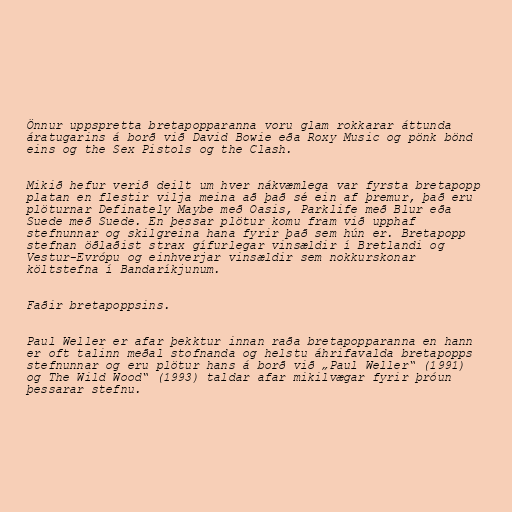
Önnur uppspretta bretapopparanna voru glam rokkarar áttunda
áratugarins á borð við David Bowie eða Roxy Music og pönk bönd
eins og the Sex Pistols og the Clash.

Mikið hefur verið deilt um hver nákvæmlega var fyrsta bretapopp
platan en flestir vilja meina að það sé ein af þremur, það eru
plöturnar Definately Maybe með Oasis, Parklife með Blur eða
Suede með Suede. En þessar plötur komu fram við upphaf
stefnunnar og skilgreina hana fyrir það sem hún er. Bretapopp
stefnan öðlaðist strax gífurlegar vinsældir í Bretlandi og
Vestur-Evrópu og einhverjar vinsældir sem nokkurskonar
költstefna í Bandaríkjunum.

Faðir bretapoppsins.

Paul Weller er afar þekktur innan raða bretapopparanna en hann
er oft talinn meðal stofnanda og helstu áhrifavalda bretapopps
stefnunnar og eru plötur hans á borð við „Paul Weller“ (1991)
og The Wild Wood“ (1993) taldar afar mikilvægar fyrir þróun
þessarar stefnu.